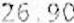
26.90